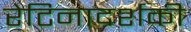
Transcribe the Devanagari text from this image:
रेटिनादर्शकी